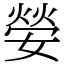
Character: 嫈